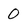
Character: 0